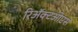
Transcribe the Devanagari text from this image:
रिॲक्टओएस